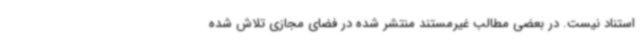
استناد نیست. در بعضی مطالب غیرمستند منتشر شده در فضای مجازی تلاش شده